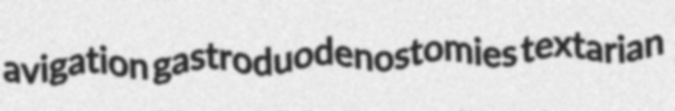
avigation gastroduodenostomies textarian